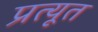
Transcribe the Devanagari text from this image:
प्रत्यूत